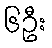
၆ဦး